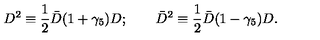
D ^ { 2 } \equiv \frac { 1 } { 2 } \bar { D } ( 1 + \gamma _ { 5 } ) D ; \qquad \bar { D } ^ { 2 } \equiv \frac { 1 } { 2 } \bar { D } ( 1 - \gamma _ { 5 } ) D .